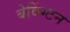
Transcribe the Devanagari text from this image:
बेबिंग्टन